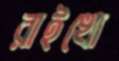
রাইখো